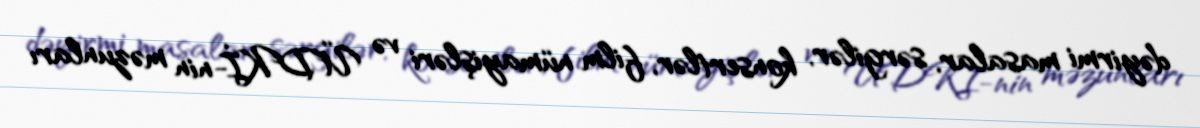
dəyirmi masalar, sərgilər, konsertlər, film nümayişləri və ÜDKİ-nin məzunları